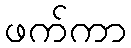
ဖက်ကာ